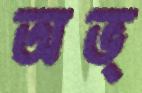
অভ্